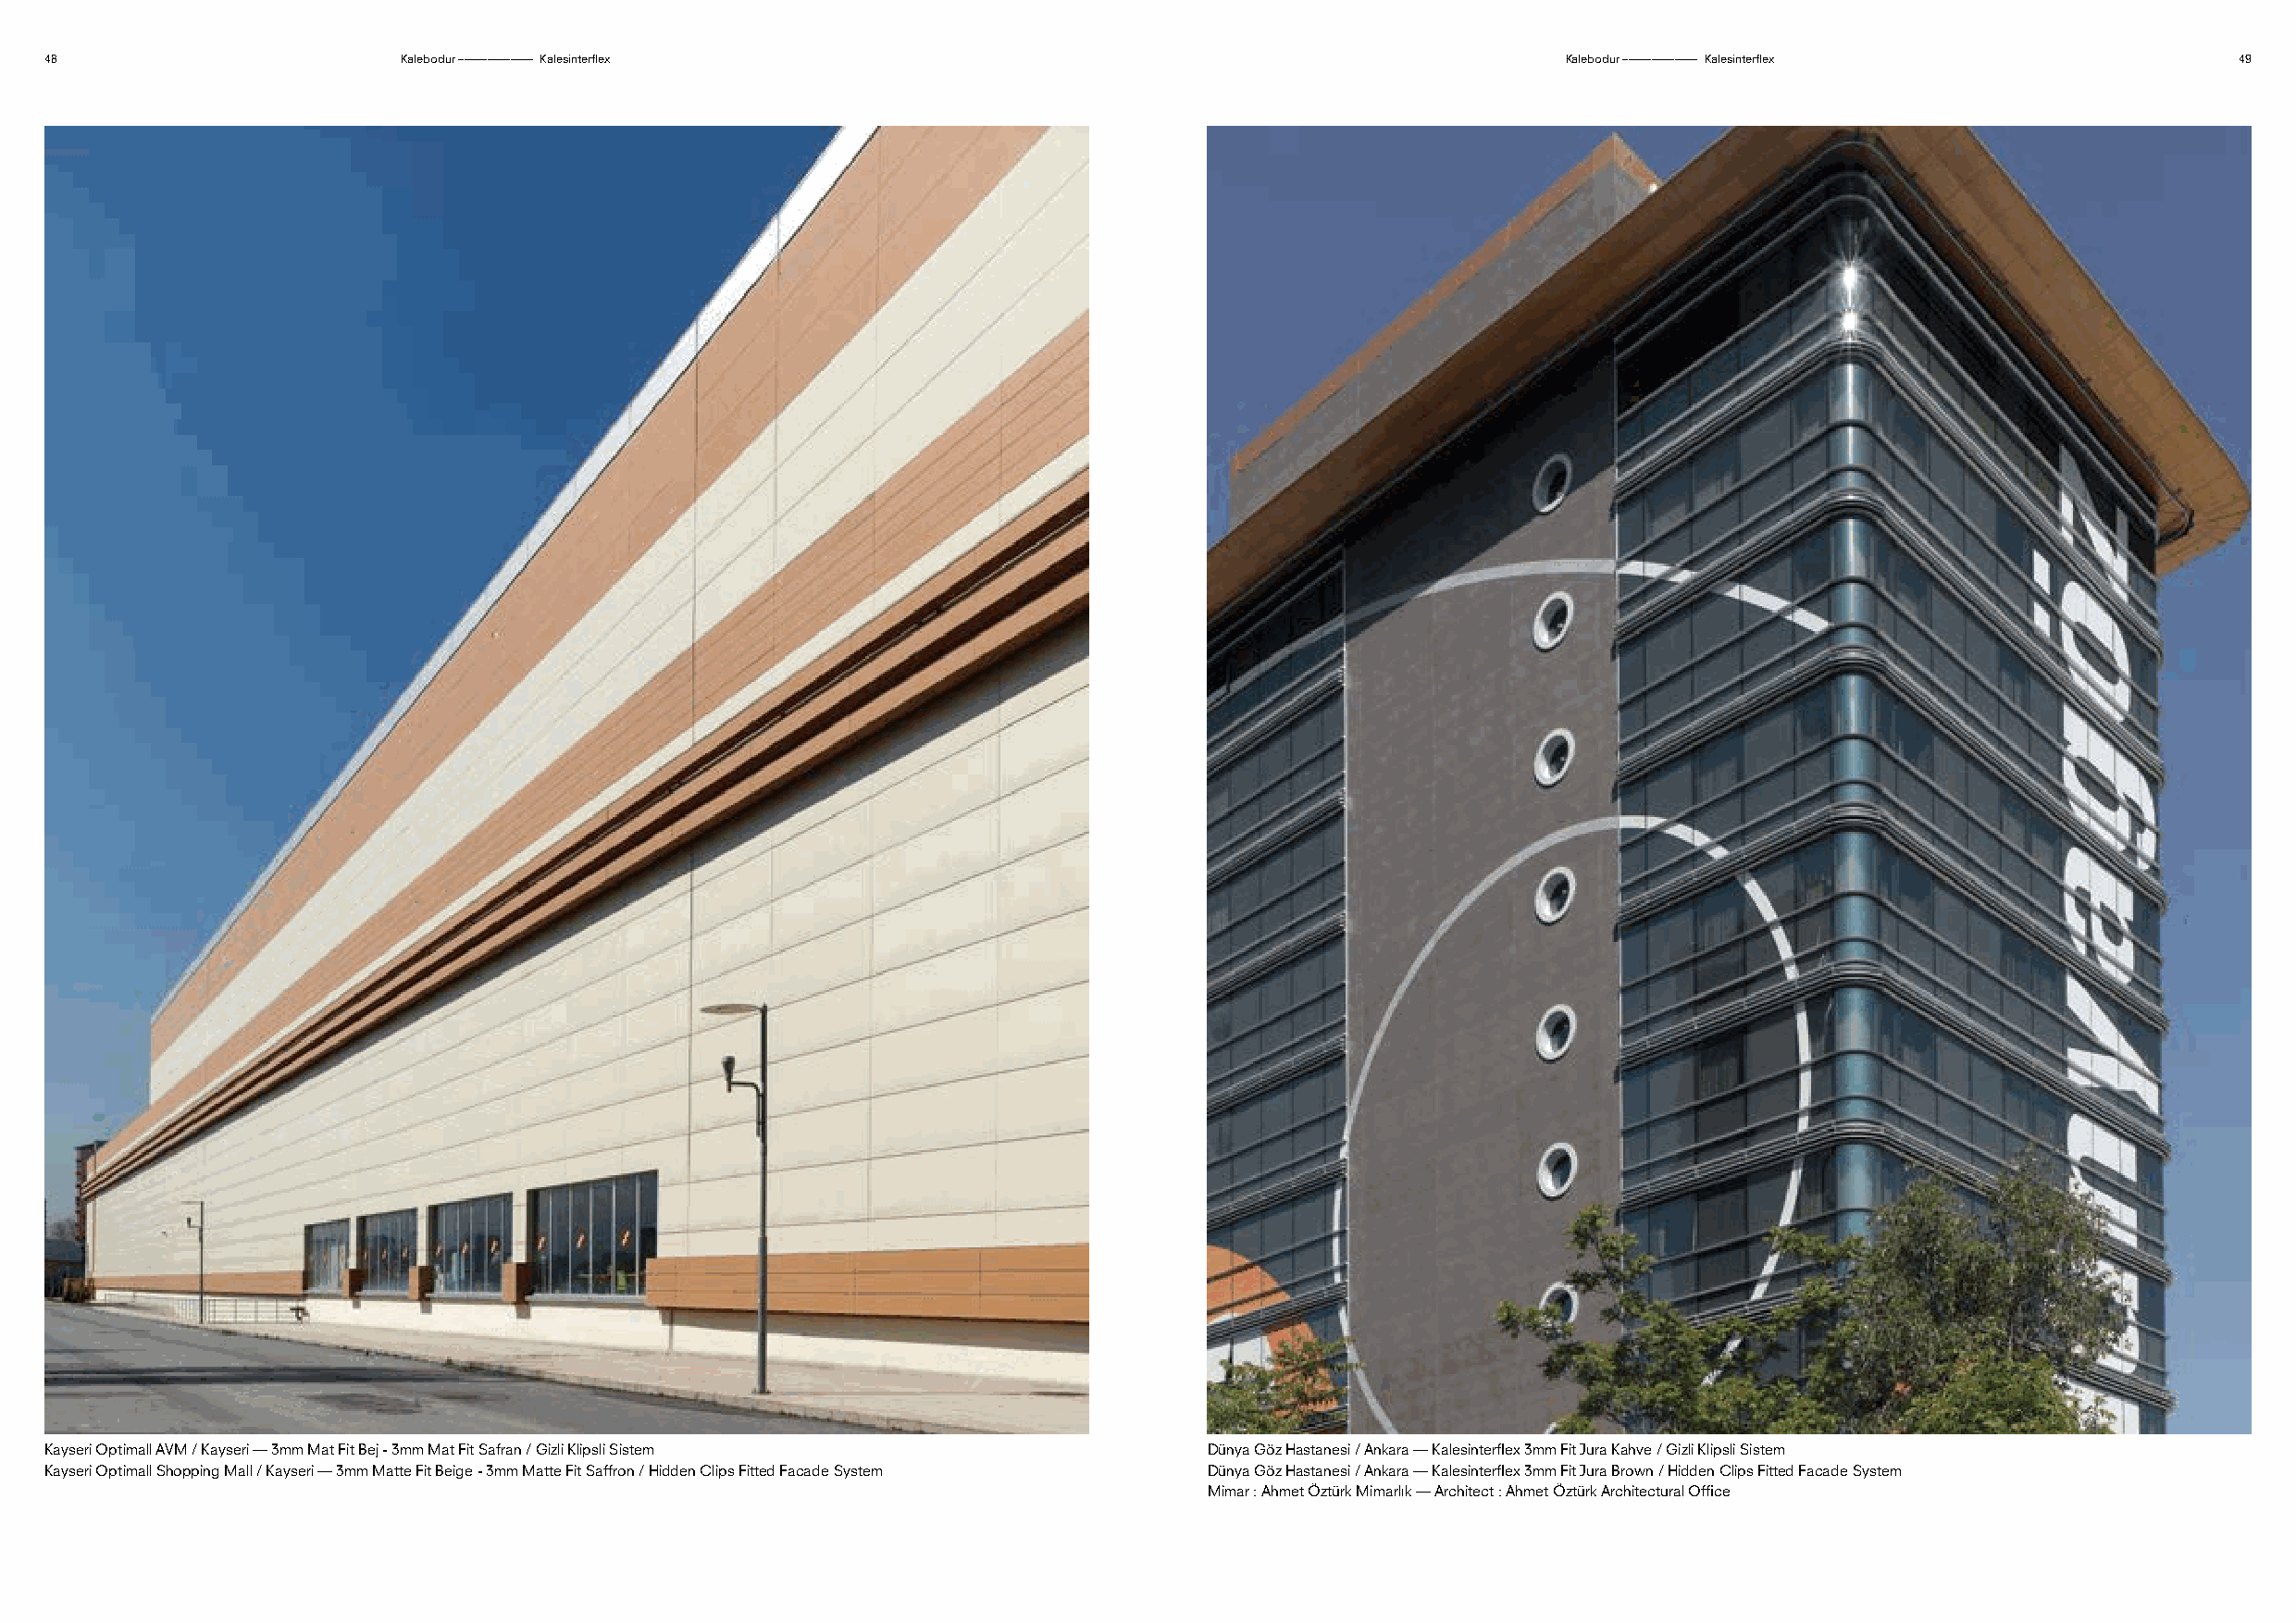
48                        Kalebodur ––––––––––––– Kalesinterflex                                             Kalebodur ––––––––––––– Kalesinterflex          49
 Kayseri Optimall AVM / Kayseri — 3mm Mat Fit Bej - 3mm Mat Fit Safran / Gizli Klipsli Sistem Dünya Göz Hastanesi / Ankara — Kalesinterflex 3mm Fit Jura Kahve / Gizli Klipsli Sistem
 Kayseri Optimall Shopping Mall / Kayseri — 3mm Matte Fit Beige - 3mm Matte Fit Saffron / Hidden Clips Fitted Facade System Dünya Göz Hastanesi / Ankara — Kalesinterflex 3mm Fit Jura Brown / Hidden Clips Fitted Facade System
 Mimar : Ahmet Öztürk Mimarlık — Architect : Ahmet Öztürk Architectural Office